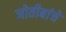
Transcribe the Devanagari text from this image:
जोतीबांचे